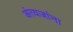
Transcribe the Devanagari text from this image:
अंत्यजांना